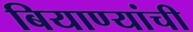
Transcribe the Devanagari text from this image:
बियाण्यांची